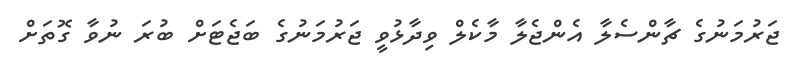
ޖަރުމަނުގެ ޗާންސެލާ އެންޖެލާ މާކެލް ވިދާޅުވީ ޖަރުމަނުގެ ބަޖެޓަށް ބުރަ ނުވާ ގޮތަށް